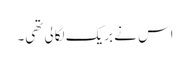
اس نے بریک لگالی تھی۔